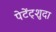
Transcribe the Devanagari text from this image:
पेटेंट्शुदा